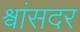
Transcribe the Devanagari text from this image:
श्वांसदर